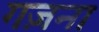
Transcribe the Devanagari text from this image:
गज़ना